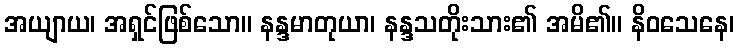
အယျာယ၊ အရှင်ဖြစ်သော။ နန္ဒမာတုယာ၊ နန္ဒသတိုးသား၏ အမိ၏။ နိဝသေနေ၊